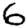
Digit: 6